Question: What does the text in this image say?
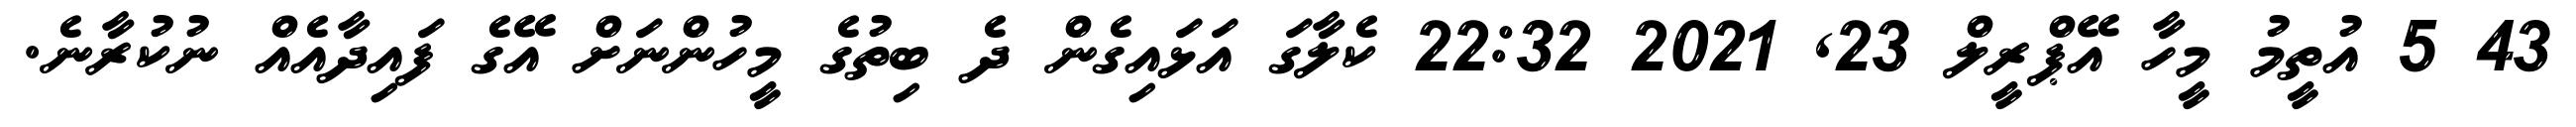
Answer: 43 5 އުތީމު މީހާ އޭޕްރީލް 23, 2021 22:32 ކެލާގަ އަޅައިގެން ދެ ބިތުގެ މީހުންނަށް އޭގެ ފައިދާއެއް ނުކުރާނެ.